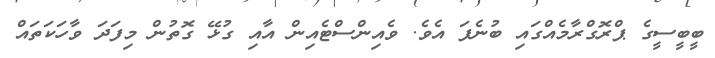
ބީބީސީގެ ޕްރޮގްރާމެއްގައި ބުނެފަ އެވެ. ވެއިންސްޓެއިން އާއި ގުޅޭ ގޮތުން މިފަދަ ވާހަކަތައް